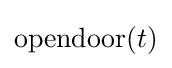
\mathrm {opendoor} (t)